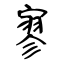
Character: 寥